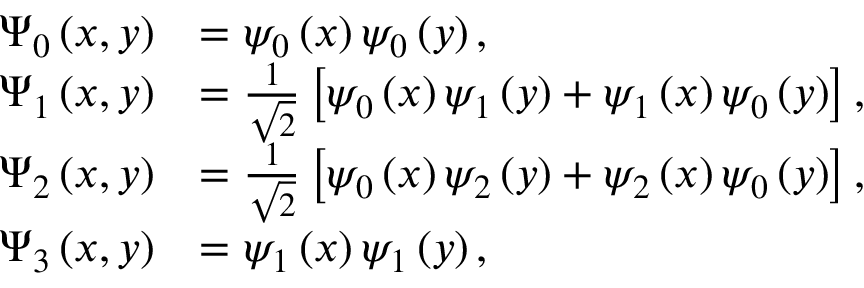
\begin{array} { r l } { \Psi _ { 0 } \left( x , y \right) } & { = \psi _ { 0 } \left( x \right) \psi _ { 0 } \left( y \right) , } \\ { \Psi _ { 1 } \left( x , y \right) } & { = \frac { 1 } { \sqrt { 2 } } \left[ \psi _ { 0 } \left( x \right) \psi _ { 1 } \left( y \right) + \psi _ { 1 } \left( x \right) \psi _ { 0 } \left( y \right) \right] , } \\ { \Psi _ { 2 } \left( x , y \right) } & { = \frac { 1 } { \sqrt { 2 } } \left[ \psi _ { 0 } \left( x \right) \psi _ { 2 } \left( y \right) + \psi _ { 2 } \left( x \right) \psi _ { 0 } \left( y \right) \right] , } \\ { \Psi _ { 3 } \left( x , y \right) } & { = \psi _ { 1 } \left( x \right) \psi _ { 1 } \left( y \right) , } \end{array}